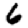
Digit: 6